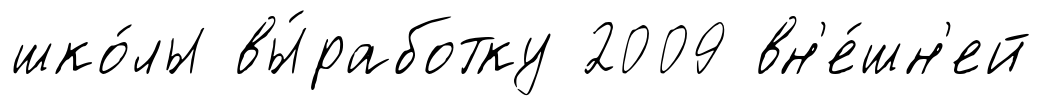
шко́лы вы́работку 2009 вн'е́шн'ей